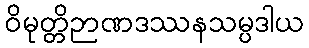
ဝိမုတ္တိဉာဏဒဿနသမ္ပဒါယ